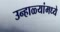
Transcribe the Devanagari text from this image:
उन्हाळ्यांमध्ये